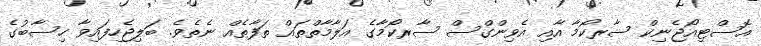
އޮސްޓިއޯޖެނިކް ސާރކޯމާ އާއި އެވިންގްސް ސާރކޯމާގެ އަލާމާތްތައް ތަފާތެއް ނެތެވެ. ބަލިޖެހިފައިވާ ހިސާބުގެ